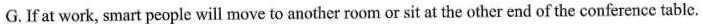
G.If at work, smart people will move to another room or sit at the otherend of the conference table.